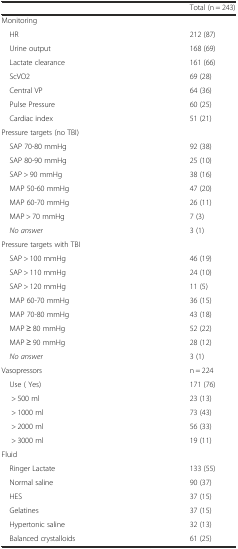
<table><thead><tr><td></td><td><b>Total (n = 243)</b></td></tr></thead><tbody><tr><td>Monitoring</td><td></td></tr><tr><td> HR</td><td>212 (87)</td></tr><tr><td> Urine output</td><td>168 (69)</td></tr><tr><td> Lactate clearance</td><td>161 (66)</td></tr><tr><td> ScVO2</td><td>69 (28)</td></tr><tr><td> Central VP</td><td>64 (36)</td></tr><tr><td> Pulse Pressure</td><td>60 (25)</td></tr><tr><td> Cardiac index</td><td>51 (21)</td></tr><tr><td>Pressure targets (no TBI)</td><td></td></tr><tr><td> SAP 70-80 mmHg</td><td>92 (38)</td></tr><tr><td> SAP 80-90 mmHg</td><td>25 (10)</td></tr><tr><td> SAP &gt; 90 mmHg</td><td>38 (16)</td></tr><tr><td> MAP 50-60 mmHg</td><td>47 (20)</td></tr><tr><td> MAP 60-70 mmHg</td><td>26 (11)</td></tr><tr><td> MAP &gt; 70 mmHg</td><td>7 (3)</td></tr><tr><td> <i>No answer</i></td><td>3 (1)</td></tr><tr><td>Pressure targets with TBI</td><td></td></tr><tr><td> SAP &gt; 100 mmHg</td><td>46 (19)</td></tr><tr><td> SAP &gt; 110 mmHg</td><td>24 (10)</td></tr><tr><td> SAP &gt; 120 mmHg</td><td>11 (5)</td></tr><tr><td> MAP 60-70 mmHg</td><td>36 (15)</td></tr><tr><td> MAP 70-80 mmHg</td><td>43 (18)</td></tr><tr><td> MAP ≥ 80 mmHg</td><td>52 (22)</td></tr><tr><td> MAP ≥ 90 mmHg</td><td>28 (12)</td></tr><tr><td> <i>No answer</i></td><td>3 (1)</td></tr><tr><td>Vasopressors</td><td>n = 224</td></tr><tr><td> Use ( Yes)</td><td>171 (76)</td></tr><tr><td>&gt; 500 ml</td><td>23 (13)</td></tr><tr><td>&gt; 1000 ml</td><td>73 (43)</td></tr><tr><td>&gt; 2000 ml</td><td>56 (33)</td></tr><tr><td>&gt; 3000 ml</td><td>19 (11)</td></tr><tr><td>Fluid</td><td></td></tr><tr><td> Ringer Lactate</td><td>133 (55)</td></tr><tr><td> Normal saline</td><td>90 (37)</td></tr><tr><td> HES</td><td>37 (15)</td></tr><tr><td> Gelatines</td><td>37 (15)</td></tr><tr><td> Hypertonic saline</td><td>32 (13)</td></tr><tr><td> Balanced crystalloids</td><td>61 (25)</td></tr></tbody></table>